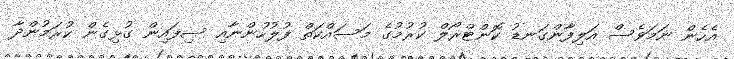
އެހެން ނަމަވެސް އަލިފާންގަނޑު ކޮންޓްރޯލް ކުރުމުގެ މަސައްކަތް ފުލުހުންނާއި ސިފައިން ގުޅިގެން ކުރަމުންދާ